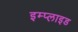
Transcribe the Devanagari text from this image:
इम्प्‍लाइड